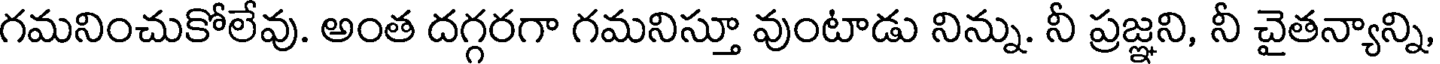
గమనించుకోలేవు. అంత దగ్గరగా గమనిస్తూ వుంటాడు నిన్ను. నీ ప్రజ్ఞని, నీ చైతన్యాన్ని